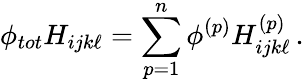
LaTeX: \phi_{tot}H_{ijk\ell}=\sum_{p=1}^{n}\phi^{(p)}H_{ijk\ell}^{(p)}\, .